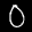
Label: 0